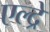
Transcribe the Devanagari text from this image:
एल्द्रे